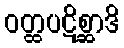
ဝတ္ထပဋိစ္ဆာဒိ